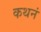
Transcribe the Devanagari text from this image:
कथनं